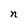
Character: n